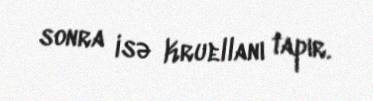
sonra isə Kruellanı tapır.